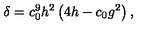
\delta = c _ { 0 } ^ { 9 } h ^ { 2 } \left( 4 h - c _ { 0 } g ^ { 2 } \right) ,